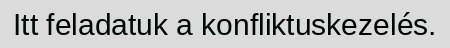
Itt feladatuk a konfliktuskezelés.